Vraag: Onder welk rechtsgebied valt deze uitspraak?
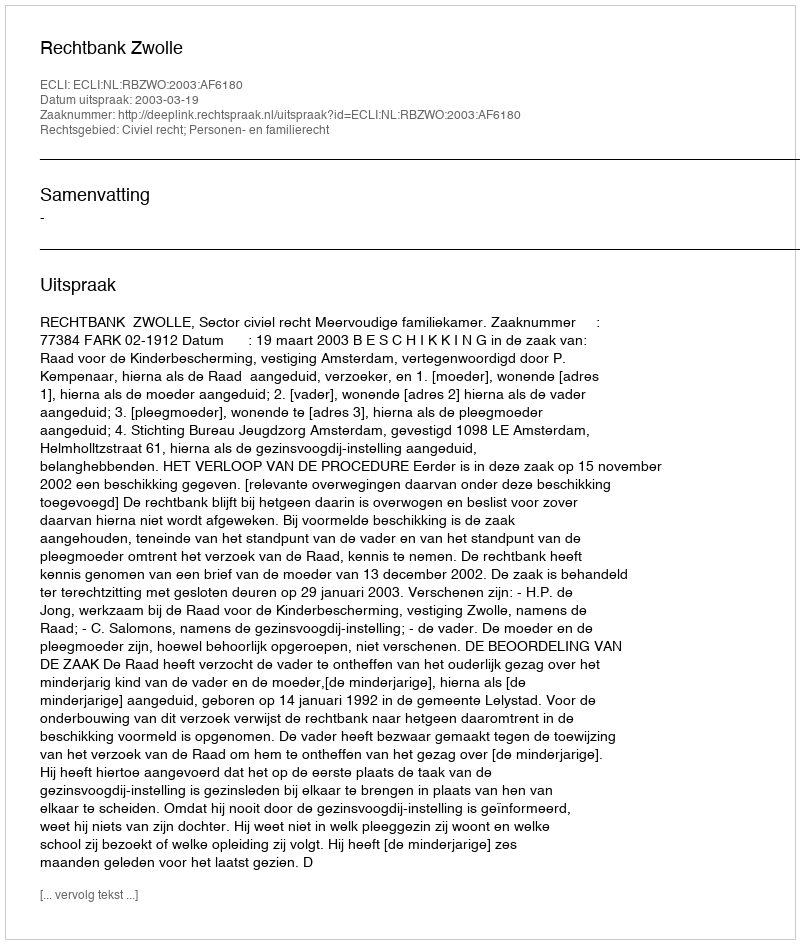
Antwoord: Civiel recht; Personen- en familierecht